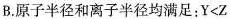
B.原子半径和离子半径均满足：$$Y<Z$$